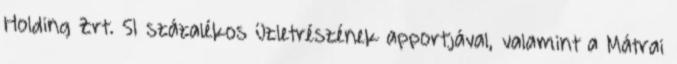
Holding Zrt. 51 százalékos üzletrészének apportjával, valamint a Mátrai